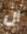
ان